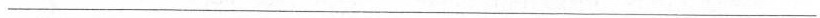
___